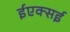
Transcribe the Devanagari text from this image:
ईएक्सई